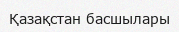
Қазақстан басшылары